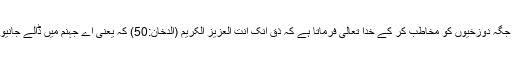
چنانچہ ایک جگہ دوزخیوں کو مخاطب کر کے خدا تعالیٰ فرماتا ہے کہ ذُقْ اِنَّکَ اَنْتَ الْعَزِیْزُ الْکَرِیْمُ (الدخان:50) کہ یعنی اے جہنم میں ڈالے جانیو الے شخص!